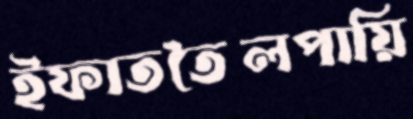
ইফাততৈলপায়ি